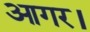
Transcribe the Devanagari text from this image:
आगर।